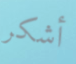
أشكر